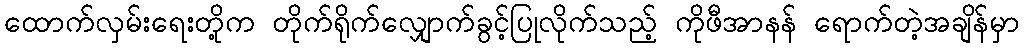
ထောက်လှမ်းရေးတို့က တိုက်ရိုက်လျှောက်ခွင့်ပြုလိုက်သည့် ကိုဖီအာနန် ရောက်တဲ့အချိန်မှာ